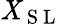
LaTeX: \mathit{X}_{\mathrm{{~S~L~}}}